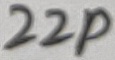
Text: 22p